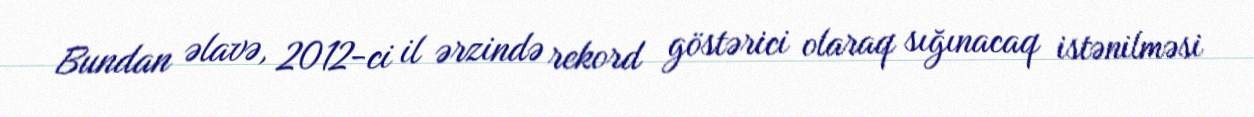
Bundan əlavə, 2012-ci il ərzində rekord göstərici olaraq sığınacaq istənilməsi